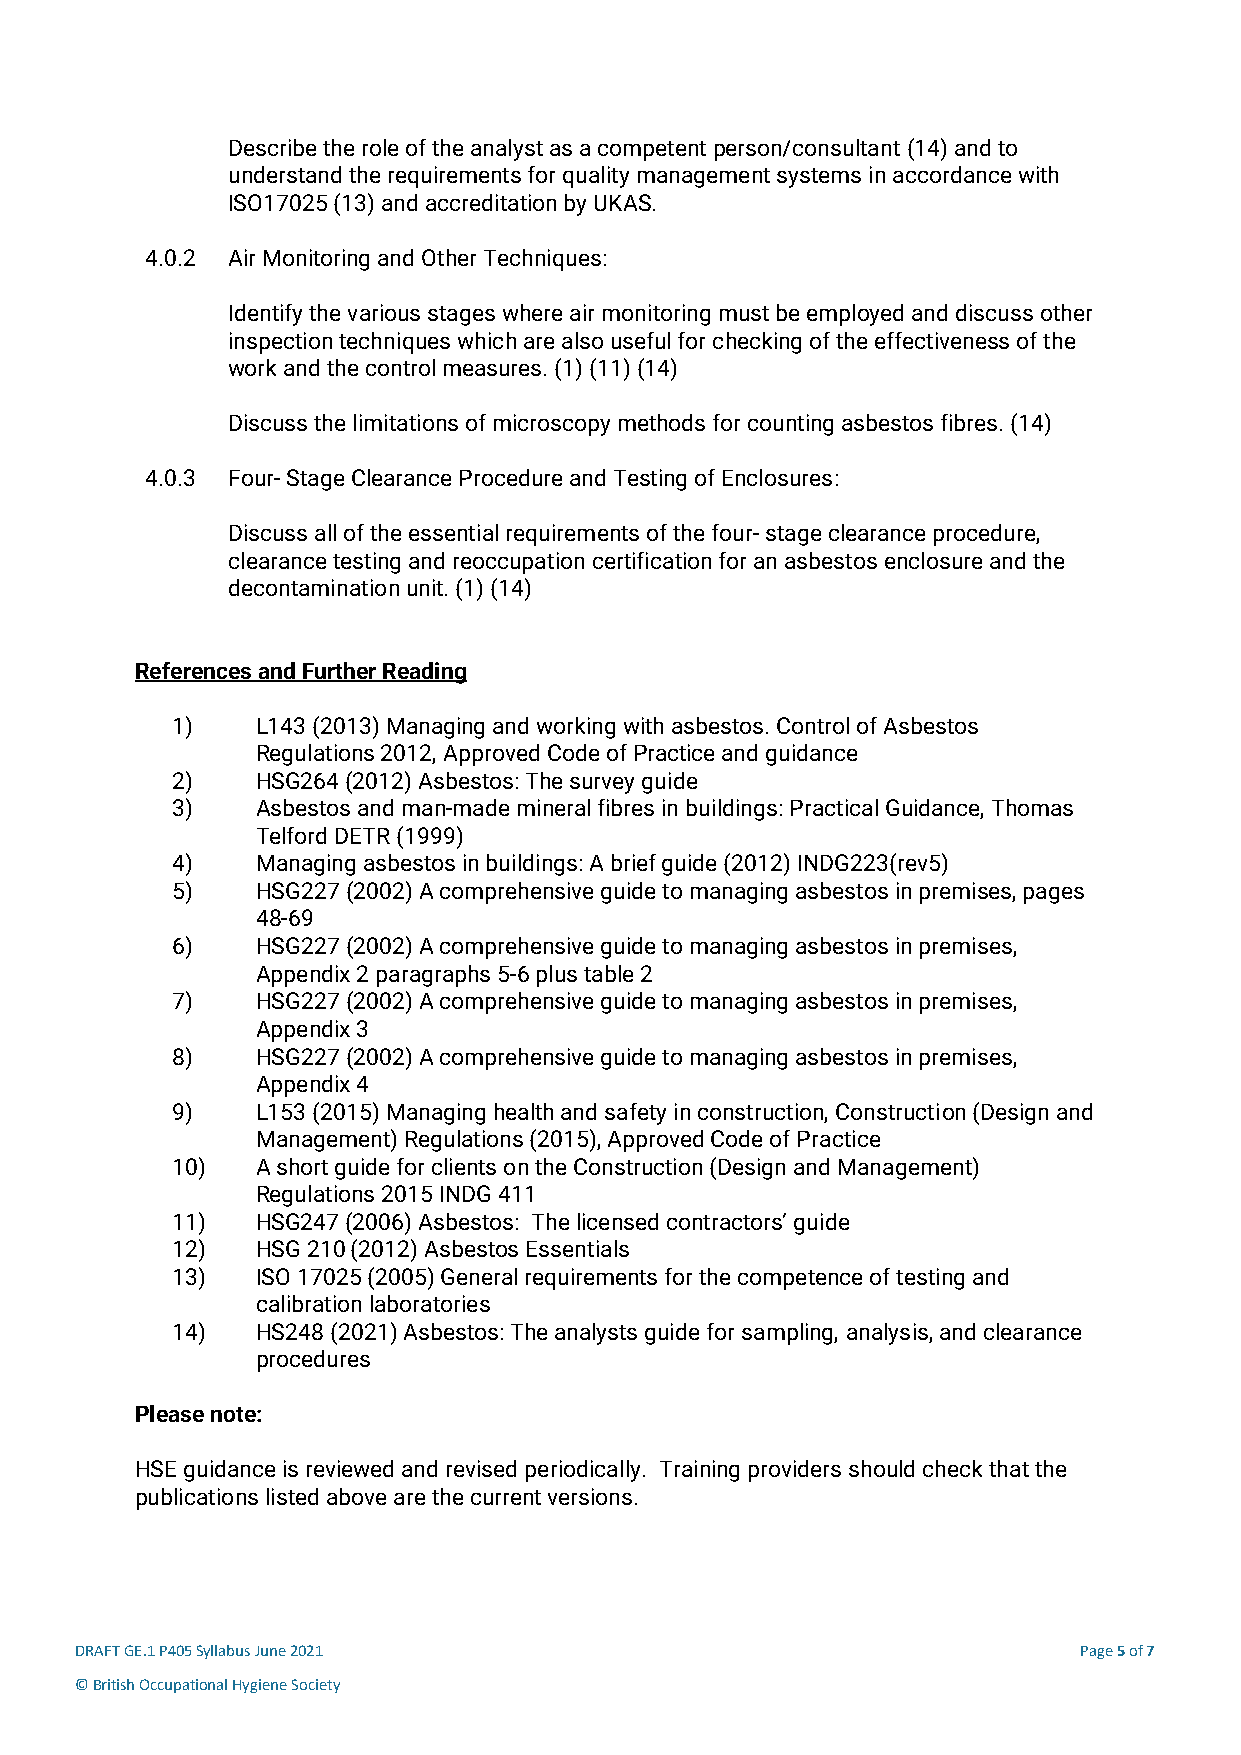
Describe the role of the analyst as a competent person/consultant (14) and to
 understand the requirements for quality management systems in accordance with
 ISO17025 (13) and accreditation by UKAS.
 4.0.2 Air Monitoring and Other Techniques:
 Identify the various stages where air monitoring must be employed and discuss other
 inspection techniques which are also useful for checking of the effectiveness of the
 work and the control measures. (1) (11) (14)
 Discuss the limitations of microscopy methods for counting asbestos fibres. (14)
 4.0.3 Four- Stage Clearance Procedure and Testing of Enclosures:
 Discuss all of the essential requirements of the four- stage clearance procedure,
 clearance testing and reoccupation certification for an asbestos enclosure and the
 decontamination unit. (1) (14)
 References and Further Reading
 1)    L143 (2013) Managing and working with asbestos. Control of Asbestos
 Regulations 2012, Approved Code of Practice and guidance
 2)    HSG264 (2012) Asbestos: The survey guide
 3)    Asbestos and man-made mineral fibres in buildings: Practical Guidance, Thomas
 Telford DETR (1999)
 4)    Managing asbestos in buildings: A brief guide (2012) INDG223(rev5)
 5)    HSG227 (2002) A comprehensive guide to managing asbestos in premises, pages
 48-69
 6)    HSG227 (2002) A comprehensive guide to managing asbestos in premises,
 Appendix 2 paragraphs 5-6 plus table 2
 7)    HSG227 (2002) A comprehensive guide to managing asbestos in premises,
 Appendix 3
 8)    HSG227 (2002) A comprehensive guide to managing asbestos in premises,
 Appendix 4
 9)    L153 (2015) Managing health and safety in construction, Construction (Design and
 Management) Regulations (2015), Approved Code of Practice
 10)   A short guide for clients on the Construction (Design and Management)
 Regulations 2015 INDG 411
 11)   HSG247 (2006) Asbestos: The licensed contractors’ guide
 12)   HSG 210 (2012) Asbestos Essentials
 13)   ISO 17025 (2005) General requirements for the competence of testing and
 calibration laboratories
 14)   HS248 (2021) Asbestos: The analysts guide for sampling, analysis, and clearance
 procedures
 Please note:
 HSE guidance is reviewed and revised periodically. Training providers should check that the
 publications listed above are the current versions.
 DRAFT GE.1 P405 Syllabus June 2021                                Page 5 of 7
 © British Occupational Hygiene Society